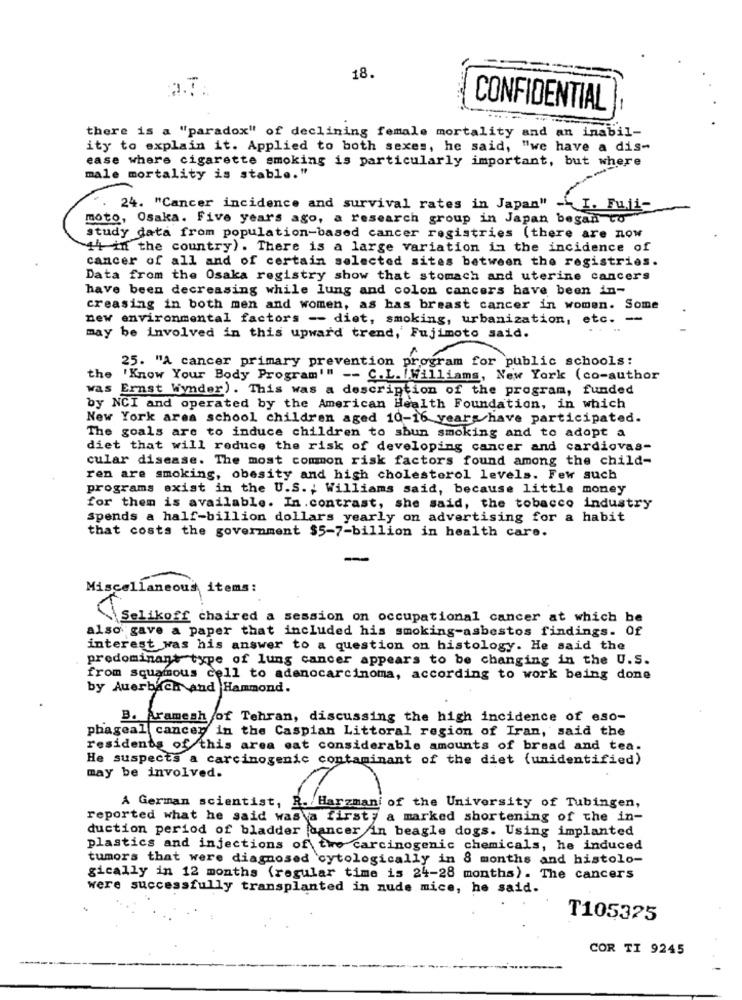
18.
CONFIDENTIAL
there is a "paradox" of declining female mortality and an inabil-
ity to explain it. Applied to both sexes, he said, "we have a dis-
ease where cigarette smoking is particularly important, but where
male mortality is stable."
". 24. "Cancer incidence and survival rates in Japan" -. I. Fuji-
moto, Osaka. Five years ago, a research group in Japan began to
study data from population-based cancer registries (there are now
14 in the country) . There is a large variation in the incidence of
cancer of all and of certain selected sites between the registries.
Data from the Osaka registry show that stomach and uterine cancers
have been decreasing while lung and colon cancers have been in-
creasing in both men and women, as has breast cancer in women. Some
new environmental factors -- diet, smoking, urbanization, etc. --
may be involved in this upward trend, Fujimoto said.
25. "A cancer primary prevention program for public schools:
the 'Know Your Body Program'" -- C.L. I.Williams, New York (co-author
was Ernst Wynder). This was a description of the program, funded
by NCI and operated by the American Health Foundation, in which
New York area school children aged 10-16 years have participated.
The goals are to induce children to shun smoking and to adopt a
diet that will reduce the risk of developing cancer and cardiovas-
cular disease. The most common risk factors found among the child-
ren are smoking, obesity and high cholesterol levels. Few such
programs exist in the U.S. ; Williams said, because little money
for them is available. In .contrast, she said, the tobacco industry
Spends a half-billion dollars yearly on advertising for a habit
that costs the government $5-7-billion in health care.
Miscellaneous items:
Selikoff chaired a session on occupational cancer at which he
also gave a paper that included his smoking-asbestos findings. Of
interest was his answer to a question on histology. He said the
predominant type of lung cancer appears to be changing in the U.S.
from squamous cell to adenocarcinoma, according to work being done
by Auerbach and Hammond.
B. Aramesh of Tehran, discussing the high incidence of eso-
phageal cancer in the Caspian Littoral region of Iran, said the
residents of this area cat considerable amounts of bread and tea.
He suspects a carcinogenic contaminant of the diet (unidentified)
may be involved.
A German scientist, R. Harzmani of the University of Tubingen,
reported what he said was a first; a marked shortening of the in-
duction period of bladder cancer in beagle dogs. Using implanted
plastics and injections of two carcinogenic chemicals, he induced
tumors that were diagnosed cytologically in 8 months and histolo-
gically in 12 months (regular time is 24-28 months). The cancers
were successfully transplanted in nude mice, he said.
T105325
COR TI 9245